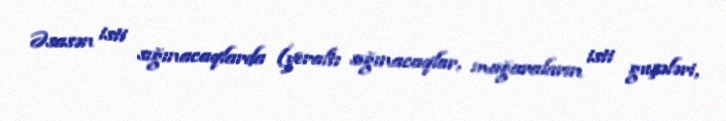
Əsasən isti sığınacaqlarda (yeraltı sığınacaqlar, mağaraların isti guşələri,